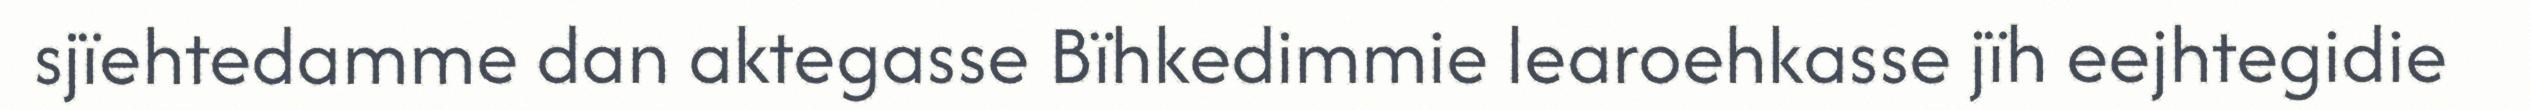
sjïehtedamme dan aktegasse Bïhkedimmie learoehkasse jïh eejhtegidie